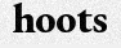
hoots